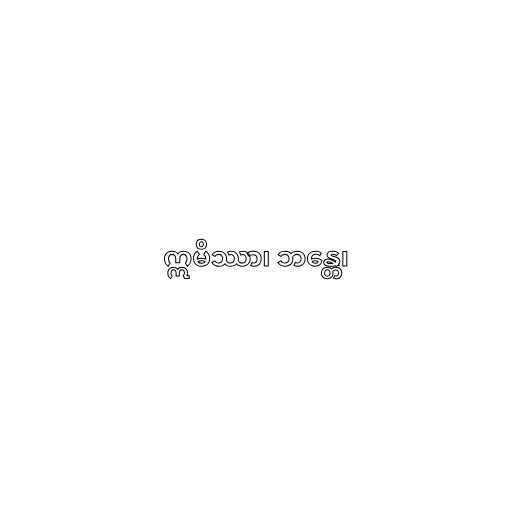
ဣမိဿာ၊ ဘန္တေ၊